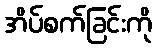
အိပ်စက်ခြင်းကို